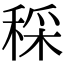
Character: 𥟩